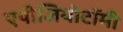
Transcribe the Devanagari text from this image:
एपीजियोटॉमी